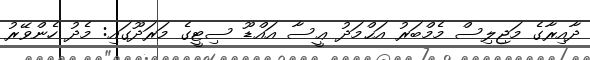
ދާއިރާގެ މަޖިލިސް މެމްބަރު އަޙްމަދު ޢީސާ އައްޑޫ ސިޓީގެ މަރަދޫގައި: މެދު ހެންވޭރު